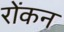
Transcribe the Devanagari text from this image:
रोंकन